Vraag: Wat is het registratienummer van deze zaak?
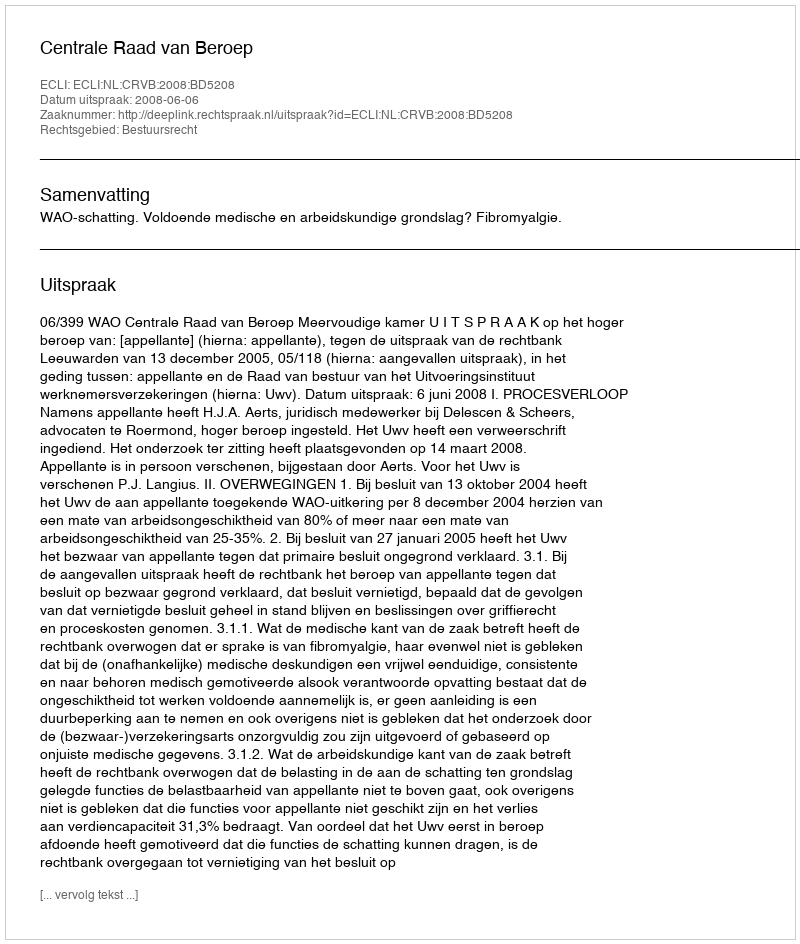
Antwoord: http://deeplink.rechtspraak.nl/uitspraak?id=ECLI:NL:CRVB:2008:BD5208